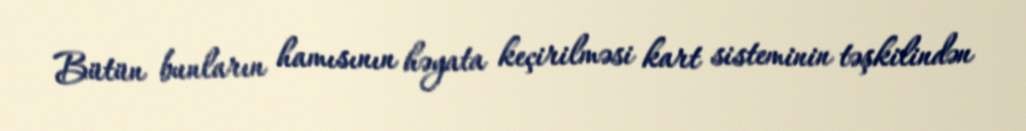
Bütün bunların hamısının həyata keçirilməsi kart sisteminin təşkilindən